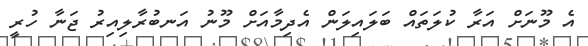
އެ މޫނަށް އަރާ ކުލަތައް ބަލައިލަން އެދިމާއަށް މޫނު އަނބުރާލިއިރު ޖަނާ ހުރީ